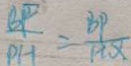
\frac { B P } { P H } = \frac { B P } { H Q }